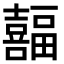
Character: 𫬸